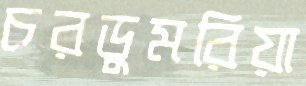
চরডুমরিয়া